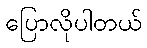
ပြောလိုပါတယ်